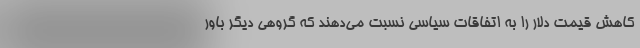
کاهش قیمت دلار را به اتفاقات سیاسی نسبت می‌دهند که‌ گروهی دیگر باور